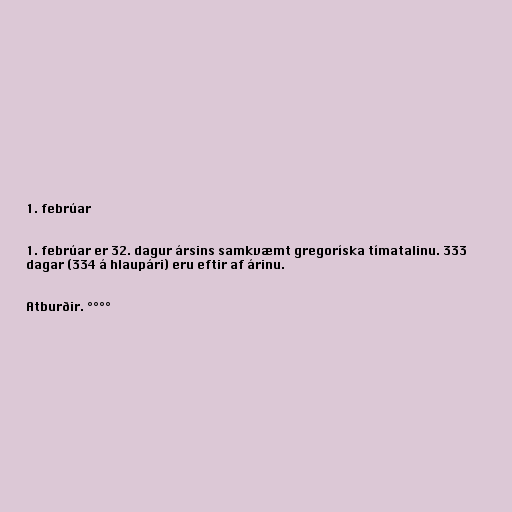
1. febrúar

1. febrúar er 32. dagur ársins samkvæmt gregoríska tímatalinu. 333
dagar (334 á hlaupári) eru eftir af árinu.

Atburðir. °°°°